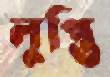
লুপ্তি